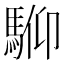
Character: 𩣍